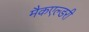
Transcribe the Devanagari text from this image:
मैकएल्डरी